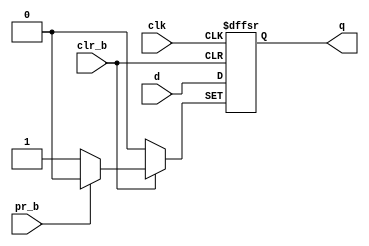
module D_ff (
    input clk,
    input d,
    input pr_b,
    input clr_b,
    output q );
    reg q;
    always @(posedge clk or negedge pr_b or negedge clr_b)
    begin
        if (pr_b == 0) q <= 1;
        else if (clr_b == 0) q <= 0;
        else q <= d;
    end
endmodule